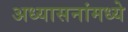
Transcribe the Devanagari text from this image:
अध्यासनांमध्ये